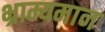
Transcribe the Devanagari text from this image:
भ्राम्यमान